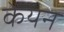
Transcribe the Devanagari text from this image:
केयन